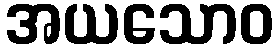
အယသောဝ